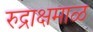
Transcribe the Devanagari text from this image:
रुद्राक्षमाळ